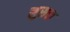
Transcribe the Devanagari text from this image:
लुसस